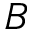
B